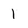
Character: 1